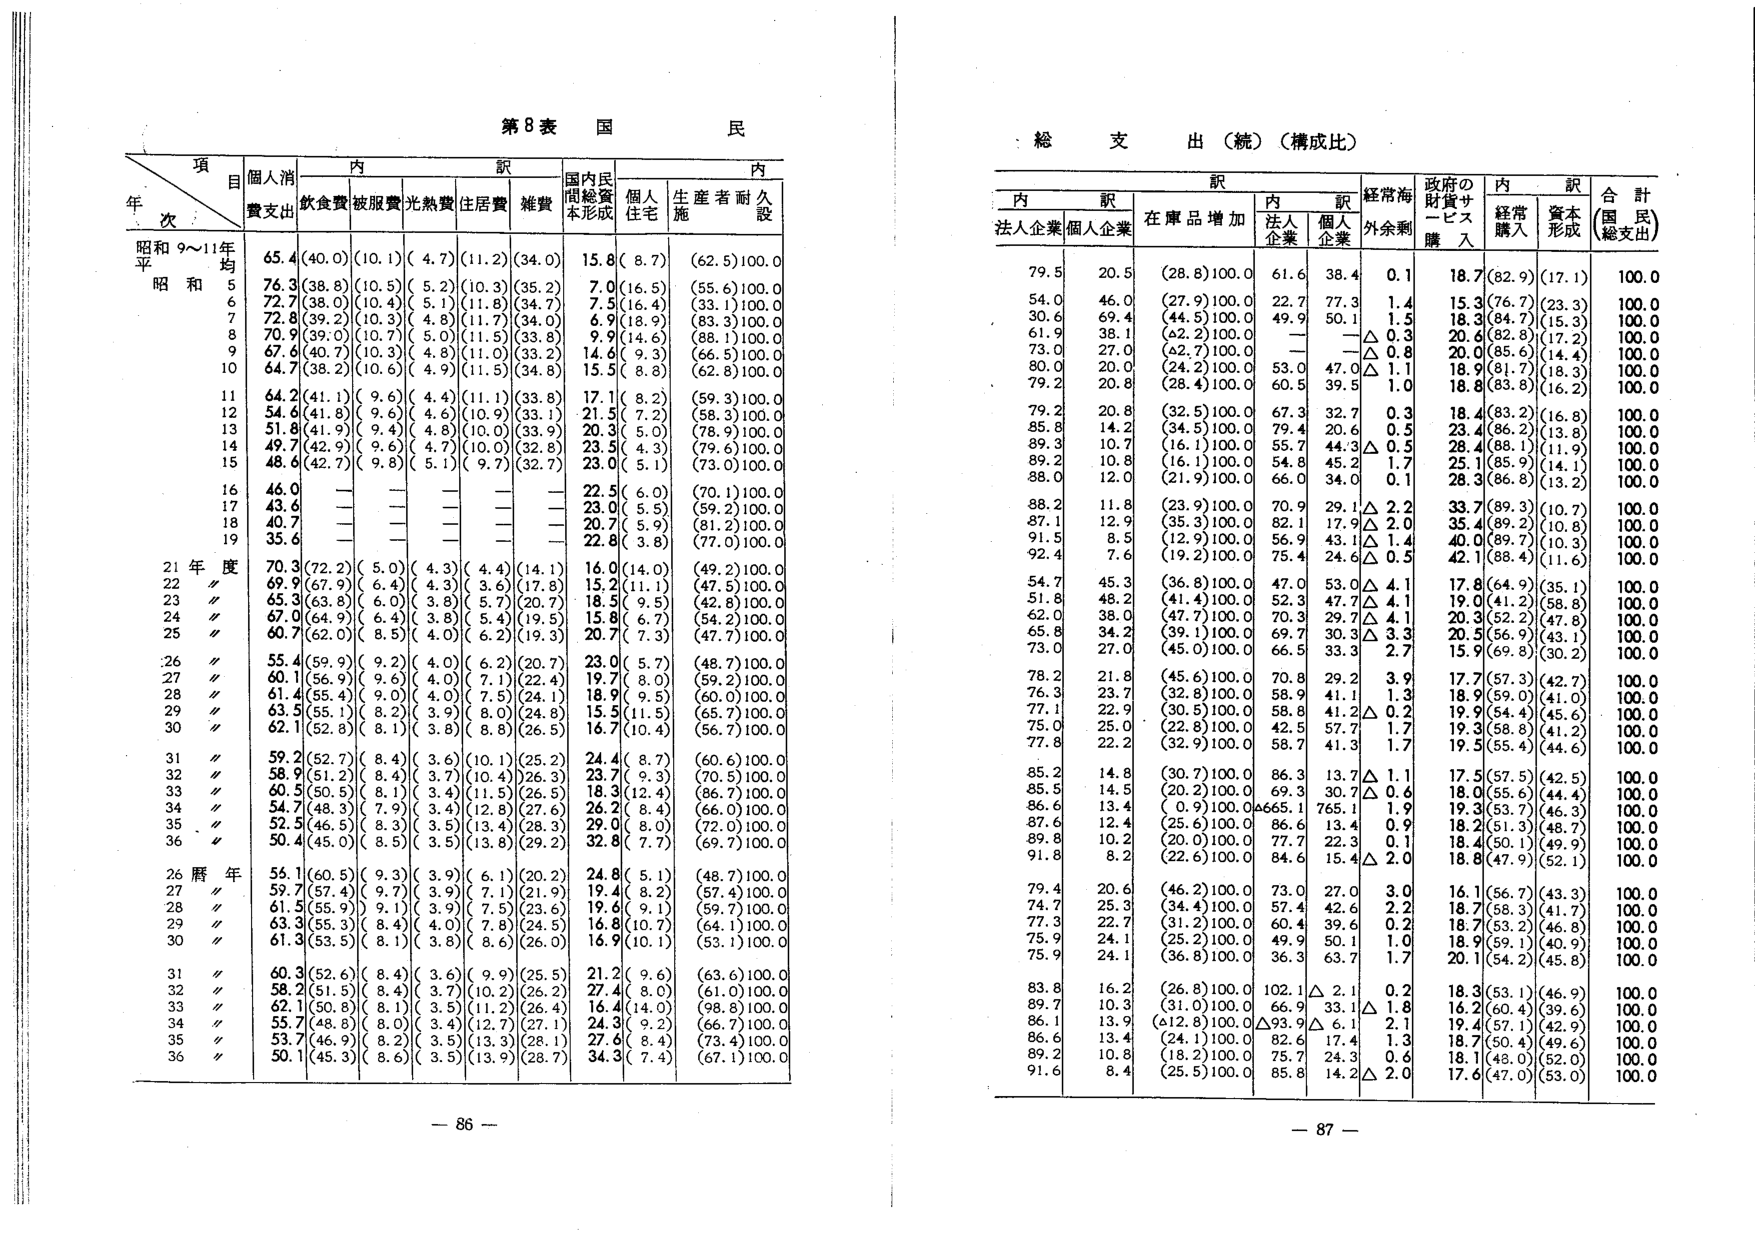
第8表 国民

項 目
年 次
昭和9～11年 平均
昭和 5
6
7
8
9
10
11
12
13
14
15
16
17
18
19
21年度
22〃
23〃
24〃
25〃
26〃
27〃
28〃
29〃
30〃
31〃
32〃
33〃
34〃
35〃
36〃
26暦年
27〃
28〃
29〃
30〃
31〃
32〃
33〃
34〃
35〃
36〃

個人消費支出
65.4
76.3
72.7
70.9
67.6
64.7
64.2
54.6
51.8
49.7
48.6
46.0
43.6
40.7
35.6
70.3
69.9
65.3
67.0
60.7
55.4
60.1
61.4
63.5
62.1
59.2
58.9
60.5
54.7
52.5
50.4
56.1
59.7
61.5
63.3
61.3
60.3
58.2
62.1
55.7
53.7
50.1

内 訳
飲食費
(40.0)
(38.8)
(38.0)
(39.2)
(39.0)
(40.7)
(38.2)
(41.1)
(41.8)
(41.9)
(42.9)
(42.7)
—
—
—
(72.2)
(67.9)
(63.8)
(64.9)
(62.0)
(59.9)
(56.9)
(55.4)
(55.1)
(52.8)
(52.7)
(51.2)
(50.5)
(48.3)
(46.5)
(45.0)
(60.5)
(57.4)
(55.9)
(55.3)
(53.5)
(52.6)
(51.5)
(50.8)
(48.8)
(46.9)
(45.3)

被服費
(10.1)
(10.5)
(10.4)
(10.3)
(10.7)
(10.3)
(10.6)
(9.6)
(9.6)
(9.4)
(9.6)
(9.8)
—
—
—
(5.0)
(6.4)
(6.0)
(6.4)
(8.5)
(9.2)
(9.6)
(9.0)
(8.2)
(8.1)
(8.4)
(8.1)
(8.1)
(7.9)
(8.3)
(8.5)
(9.3)
(9.7)
(9.1)
(8.4)
(8.1)
(8.4)
(8.4)
(8.1)
(8.0)
(8.2)
(8.6)

光熱費
(4.7)
(5.2)
(5.1)
(4.8)
(5.0)
(4.8)
(4.9)
(4.4)
(4.6)
(4.8)
(4.7)
(5.1)
—
—
—
(4.3)
(4.3)
(3.8)
(3.8)
(4.0)
(4.0)
(4.0)
(4.0)
(3.9)
(3.8)
(3.6)
(3.7)
(3.4)
(3.4)
(3.5)
(3.5)
(3.9)
(3.9)
(4.0)
(4.0)
(3.8)
(3.6)
(3.7)
(3.5)
(3.4)
(3.5)
(3.5)

住居費
(11.2)
(10.3)
(11.8)
(11.7)
(11.5)
(11.0)
(11.5)
(11.1)
(10.9)
(10.0)
(10.0)
(9.7)
—
—
—
(4.4)
(3.6)
(5.7)
(5.4)
(6.2)
(6.2)
(7.1)
(7.5)
(8.0)
(8.8)
(10.1)
(10.4)
(11.5)
(12.8)
(13.4)
(13.8)
(6.1)
(7.1)
(7.5)
(7.8)
(8.6)
(9.9)
(10.2)
(11.2)
(12.7)
(13.3)
(13.9)

雑費
(34.0)
(35.2)
(34.7)
(34.0)
(33.8)
(33.2)
(34.8)
(33.8)
(33.1)
(33.9)
(32.8)
(32.7)
—
—
—
(14.1)
(17.8)
(20.7)
(19.5)
(19.3)
(20.7)
(22.4)
(24.1)
(24.8)
(26.5)
(25.2)
(26.3)
(26.5)
(27.6)
(28.3)
(29.2)
(20.2)
(21.9)
(23.6)
(24.5)
(26.0)
(25.5)
(26.2)
(26.4)
(27.1)
(28.1)
(28.7)

国内民間総資本形成
15.8
7.0
7.5
6.9
9.9
14.6
15.5
17.1
21.5
20.3
23.5
23.0
22.5
23.0
20.7
22.8
16.0
15.2
18.5
15.8
20.7
23.0
19.7
18.9
15.5
16.7
24.4
23.7
18.3
26.2
29.0
32.8
24.8
19.4
19.6
16.8
16.9
21.2
27.4
16.4
24.3
27.6
34.3

内 訳
個人住宅
(8.7)
(16.5)
(16.4)
(18.9)
(14.6)
(9.3)
(8.8)
(8.2)
(7.2)
(5.0)
(4.3)
(5.1)
(6.0)
(5.5)
(5.9)
(3.8)
(11.0)
(11.1)
(9.5)
(6.7)
(7.3)
(5.7)
(8.0)
(9.5)
(11.5)
(10.4)
(8.7)
(9.3)
(12.4)
(8.4)
(8.0)
(7.7)
(5.1)
(8.2)
(9.1)
(10.7)
(10.1)
(9.6)
(8.0)
(14.0)
(9.2)
(8.4)
(7.4)

生産者耐久施設
(62.5)100.0
(55.6)100.0
(33.1)100.0
(83.3)100.0
(88.1)100.0
(66.5)100.0
(62.8)100.0
(59.3)100.0
(58.3)100.0
(78.9)100.0
(79.6)100.0
(73.0)100.0
(70.1)100.0
(59.2)100.0
(81.2)100.0
(77.0)100.0
(49.2)100.0
(47.5)100.0
(42.8)100.0
(54.2)100.0
(47.7)100.0
(48.7)100.0
(59.2)100.0
(60.0)100.0
(65.7)100.0
(56.7)100.0
(60.6)100.0
(70.5)100.0
(86.7)100.0
(66.0)100.0
(72.0)100.0
(69.7)100.0
(48.7)100.0
(57.4)100.0
(59.7)100.0
(64.1)100.0
(53.1)100.0
(63.6)100.0
(61.0)100.0
(98.8)100.0
(66.7)100.0
(73.4)100.0
(67.1)100.0

総支出（続）（構成比）

内 訳
法人企業
79.5
54.0
30.6
61.9
73.0
80.0
79.2
79.2
85.8
89.3
89.2
88.0
88.2
87.1
91.5
92.4
54.7
51.8
62.0
65.8
73.0
78.2
76.3
77.1
75.0
77.8
85.2
85.5
86.6
87.6
89.8
91.8
79.4
74.7
77.3
75.9
75.9
83.8
89.7
86.1
86.6
89.2
91.6

個人企業
20.5
46.0
69.4
38.1
27.0
20.0
20.8
20.8
14.2
10.7
10.8
12.0
11.8
12.9
8.5
7.6
45.3
48.2
38.0
34.2
27.0
21.8
23.7
22.9
25.0
22.2
14.8
14.5
13.4
12.4
10.2
8.2
20.6
25.3
22.7
24.1
24.1
16.2
10.3
13.9
13.4
10.8
8.4

在庫品増加
(28.8)100.0
(27.9)100.0
(44.5)100.0
(62.2)100.0
(62.7)100.0
(24.2)100.0
(28.4)100.0
(32.5)100.0
(34.5)100.0
(16.1)100.0
(16.1)100.0
(21.9)100.0
(23.9)100.0
(35.3)100.0
(12.9)100.0
(19.2)100.0
(36.8)100.0
(41.4)100.0
(47.7)100.0
(39.1)100.0
(45.0)100.0
(45.6)100.0
(32.8)100.0
(30.5)100.0
(22.8)100.0
(32.9)100.0
(30.7)100.0
(20.2)100.0
(0.9)100.0
(25.6)100.0
(20.0)100.0
(22.6)100.0
(46.2)100.0
(34.4)100.0
(31.2)100.0
(25.2)100.0
(36.8)100.0
(26.8)100.0
(31.0)100.0
(612.8)100.0
(24.1)100.0
(18.2)100.0
(25.5)100.0

内 訳
法人企業
61.6
22.7
49.9
—
—
53.0
60.5
67.3
79.4
55.7
54.8
66.0
70.9
82.1
56.9
75.4
47.0
52.3
70.3
69.7
66.5
70.8
58.9
58.8
42.5
58.7
86.3
69.3
665.1
86.6
77.6
84.6
73.0
57.4
60.4
49.9
36.3
102.1
66.9
△93.9
82.6
75.7
85.8

個人企業
38.4
77.3
50.1
—
—
47.0
39.5
32.7
20.6
44.3
45.2
34.0
29.1
17.9
43.1
24.6
53.0
47.7
29.7
30.3
33.3
29.2
41.1
41.2
57.7
41.3
13.7
30.7
765.1
13.4
22.3
15.4
27.0
42.6
39.6
50.1
63.7
△2.1
33.1
△6.1
17.4
24.3
14.2

経常海外余剰
0.1
1.4
1.5
△0.3
△0.8
△1.1
1.0
0.3
0.5
△0.5
1.7
0.1
△2.2
△2.0
△1.4
△0.5
△4.1
4.1
△4.1
3.3
2.7
3.9
1.3
0.2
1.7
1.7
△1.1
0.6
1.9
0.9
0.1
2.0
3.0
2.2
0.2
1.0
1.7
0.2
1.8
2.1
1.3
0.6
2.0

政府の財貨サービス購入
18.7
15.3
18.3
20.6
20.0
18.9
18.8
18.4
23.4
28.4
25.1
28.3
33.7
35.4
40.0
42.1
17.8
19.0
20.3
20.5
15.9
17.7
18.9
19.9
19.3
19.5
17.5
18.0
19.3
18.2
18.4
18.8
16.1
18.7
18.7
18.9
20.1
18.3
16.2
19.4
18.7
18.1
17.6

内 訳
経常購入
(82.9)
(76.7)
(84.7)
(82.8)
(85.6)
(81.7)
(83.8)
(83.2)
(86.2)
(88.1)
(85.9)
(86.8)
(89.3)
(89.2)
(89.7)
(88.4)
(64.9)
(41.2)
(52.2)
(56.9)
(69.8)
(57.3)
(59.0)
(54.4)
(58.8)
(55.4)
(57.5)
(55.6)
(53.7)
(51.3)
(50.1)
(47.9)
(56.7)
(58.3)
(53.2)
(59.1)
(54.2)
(53.1)
(60.4)
(57.1)
(50.4)
(48.0)
(47.0)

資本形成
(17.1)
(23.3)
(15.3)
(17.2)
(14.4)
(18.3)
(16.2)
(16.8)
(13.8)
(11.9)
(14.1)
(13.2)
(10.7)
(10.8)
(10.3)
(11.6)
(35.1)
(58.8)
(47.8)
(43.1)
(30.2)
(42.7)
(41.0)
(45.6)
(41.2)
(44.6)
(42.5)
(44.4)
(46.3)
(48.7)
(49.9)
(52.1)
(43.3)
(41.7)
(46.8)
(40.9)
(45.8)
(46.9)
(39.6)
(42.9)
(49.6)
(52.0)
(53.0)

合計（国民総支出）
100.0
100.0
100.0
100.0
100.0
100.0
100.0
100.0
100.0
100.0
100.0
100.0
100.0
100.0
100.0
100.0
100.0
100.0
100.0
100.0
100.0
100.0
100.0
100.0
100.0
100.0
100.0
100.0
100.0
100.0
100.0
100.0
100.0
100.0
100.0
100.0
100.0
100.0
100.0
100.0
100.0
100.0
100.0
100.0
100.0
100.0

— 86 —
— 87 —